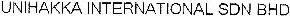
UNIHAKKA INTERNATIONAL SDN BHD